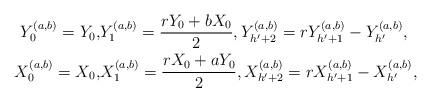
LaTeX: \begin{align*}Y_{0}^{(a,b)}=Y_0,&Y_{1}^{(a,b)}=\frac{rY_0+bX_0}{2},Y_{h'+2}^{(a,b)}=rY_{h'+1}^{(a,b)}-Y_{h'}^{(a,b)},\\X_{0}^{(a,b)}=X_0,&X_{1}^{(a,b)}=\frac{rX_0+aY_0}{2},X_{h'+2}^{(a,b)}=rX_{h'+1}^{(a,b)}-X_{h'}^{(a,b)},\end{align*}